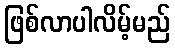
ဖြစ်လာပါလိမ့်မည်